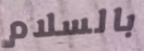
بالسلام